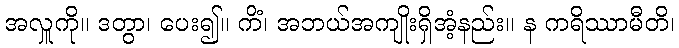
အလှူကို။ ဒတွာ၊ ပေး၍။ ကိံ၊ အဘယ်အကျိုးရှိအံ့နည်း။ န ကရိဿာမီတိ၊